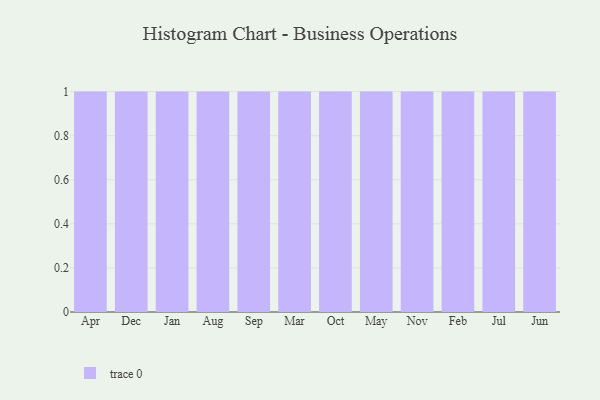
{"axis": {"x": "Month", "y": "Active Users"}, "legend": [""], "data": [{"x": "Apr", "y": 98, "type": ""}, {"x": "Dec", "y": 36, "type": ""}, {"x": "Jan", "y": 23, "type": ""}, {"x": "Aug", "y": 21, "type": ""}, {"x": "Sep", "y": 66, "type": ""}, {"x": "Mar", "y": 82, "type": ""}, {"x": "Oct", "y": 7, "type": ""}, {"x": "May", "y": 19, "type": ""}, {"x": "Nov", "y": 76, "type": ""}, {"x": "Feb", "y": 69, "type": ""}, {"x": "Jul", "y": 7, "type": ""}, {"x": "Jun", "y": 22, "type": ""}]}